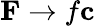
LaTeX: \mathbf{F}\rightarrow f\mathbf{c}